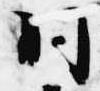
同